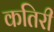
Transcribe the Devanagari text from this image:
कतिरी